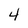
Character: 4